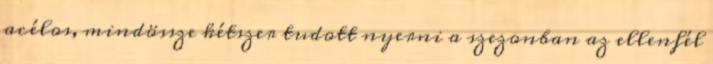
acélos, mindössze kétszer tudott nyerni a szezonban az ellenfél